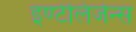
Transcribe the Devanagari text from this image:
इण्टेलिजेन्स